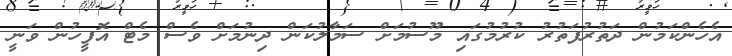
އެހެންކަމުން ދަތުރުފަތުރު ކުރުމުގައި މޫސުމަށް ސަމާލުކަން ދިނުމަށް ވެސް މެޓް އޮފީހުން ވަނީ